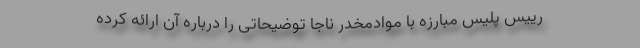
رییس پلیس مبارزه با موادمخدر ناجا توضیحاتی را درباره آن ارائه کرده